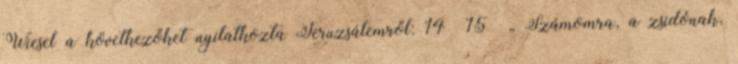
Wiesel a következőket nyilatkozta Jeruzsálemről: 14 15 „ Számomra, a zsidónak,